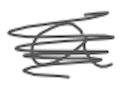
Text: a
Cross-out: scratch
Writing tool: digital_gray